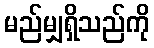
မည်မျှရှိသည်ကို